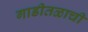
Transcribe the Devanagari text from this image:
गाडीतळाची